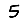
Digit: 5